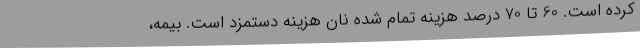
کرده است. 60 تا 70 درصد هزینه تمام شده نان هزینه دستمزد است. بیمه،